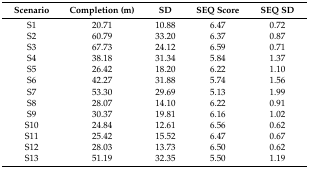
<table><thead><tr><td><b>Scenario </b></td><td><b>Completion (m)</b></td><td><b>SD</b></td><td><b>SEQ Score </b></td><td><b>SEQ SD</b></td></tr></thead><tbody><tr><td>S1</td><td>20.71</td><td>10.88</td><td>6.47</td><td>0.72</td></tr><tr><td>S2</td><td>60.79</td><td>33.20</td><td>6.37</td><td>0.87</td></tr><tr><td>S3</td><td>67.73</td><td>24.12</td><td>6.59</td><td>0.71</td></tr><tr><td>S4</td><td>38.18</td><td>31.34</td><td>5.84</td><td>1.37</td></tr><tr><td>S5</td><td>26.42</td><td>18.20</td><td>6.22</td><td>1.10</td></tr><tr><td>S6</td><td>42.27</td><td>31.88</td><td>5.74</td><td>1.56</td></tr><tr><td>S7</td><td>53.30</td><td>29.69</td><td>5.13</td><td>1.99</td></tr><tr><td>S8</td><td>28.07</td><td>14.10</td><td>6.22</td><td>0.91</td></tr><tr><td>S9</td><td>30.37</td><td>19.81</td><td>6.16</td><td>1.02</td></tr><tr><td>S10</td><td>24.84</td><td>12.61</td><td>6.56</td><td>0.62</td></tr><tr><td>S11</td><td>25.42</td><td>15.52</td><td>6.47</td><td>0.67</td></tr><tr><td>S12</td><td>28.03</td><td>13.73</td><td>6.50</td><td>0.62</td></tr><tr><td>S13</td><td>51.19</td><td>32.35</td><td>5.50</td><td>1.19</td></tr></tbody></table>